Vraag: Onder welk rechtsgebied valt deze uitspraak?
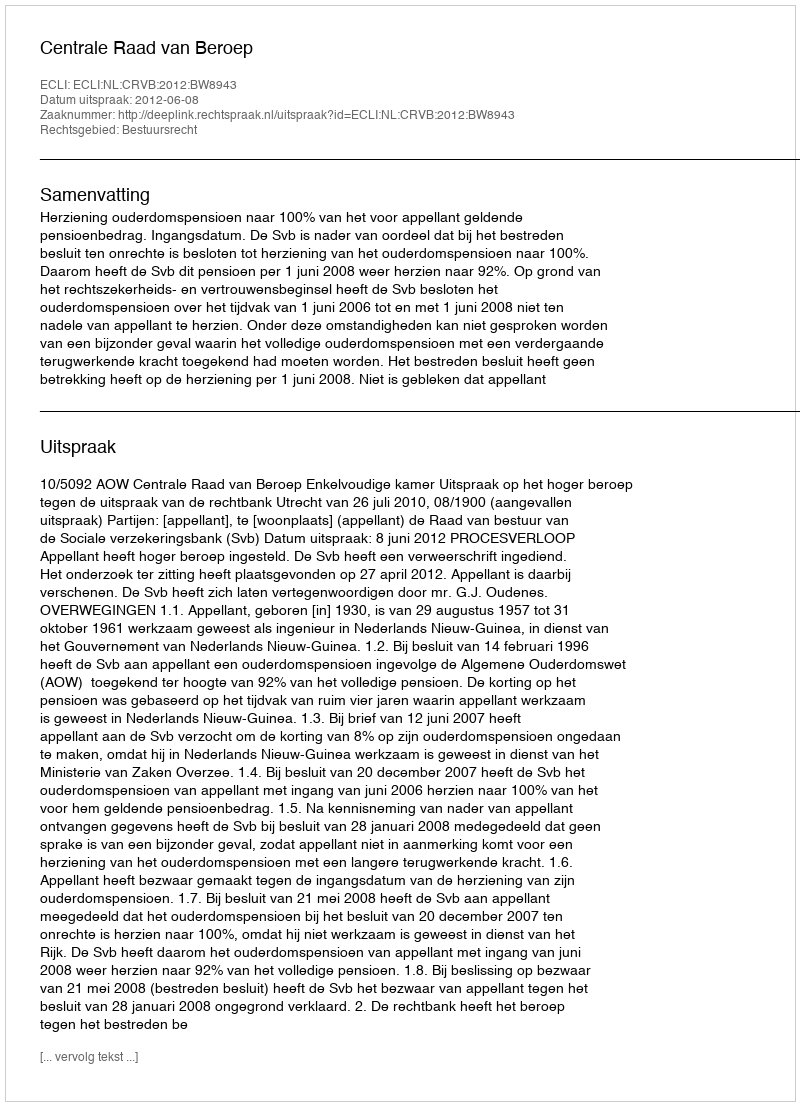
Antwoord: Bestuursrecht